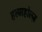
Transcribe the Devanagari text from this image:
हल्महोल्ज़